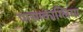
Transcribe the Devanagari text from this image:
पासाकाग्लिया